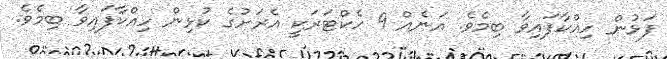
ފަޅުން ހިއްކާފައިވާ ބިމެވެ. އަނެއް 9 ހެކްޓަރަކީ އެރަށުގެ ކުޅިން ހިއްކާފައިވާ ބިމެވެ.